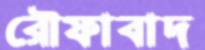
রৌফাবাদ